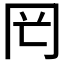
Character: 𠕏